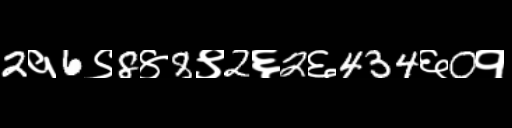
Text: 2१6९8४8९2६2६434६0१